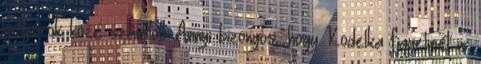
polgárok közé számított. Annyi bizonyos, hogy Kodelka figyelmét is